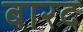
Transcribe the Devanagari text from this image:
बारद